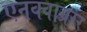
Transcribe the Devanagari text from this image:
एनक्वाय्ररर